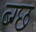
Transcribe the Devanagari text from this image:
ब्ग्छ